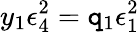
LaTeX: y_{1}\epsilon_{4}^{2}=\mathtt{q}_{1}\epsilon_{1}^{2}